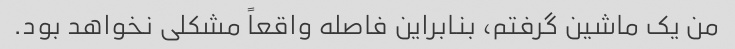
من یک ماشین گرفتم، بنابراین فاصله واقعاً مشکلی نخواهد بود.